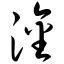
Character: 淦